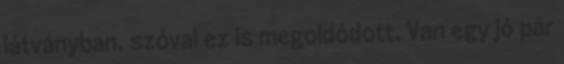
látványban, szóval ez is megoldódott. Van egy jó pár